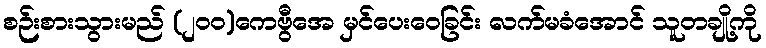
စဉ်းစားသွားမည် (၂၀၀)ကေဗွီအေ မှင်ပေးဝေခြင်း လက်မခံအောင် သူတချို့ကို